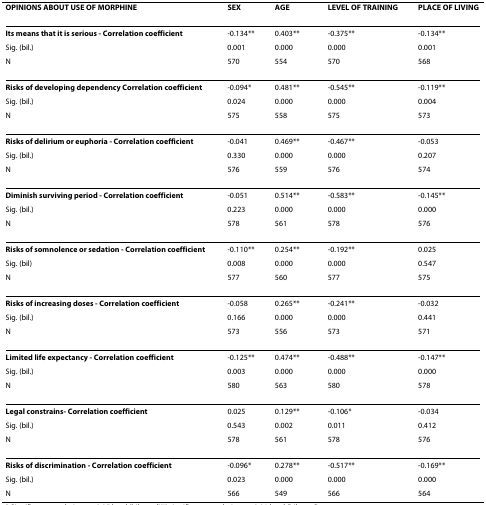
<table><thead><tr><td><b>OPINIONS ABOUT USE OF MORPHINE</b></td><td><b>SEX</b></td><td><b>AGE</b></td><td><b>LEVEL OF TRAINING</b></td><td><b>PLACE OF LIVING</b></td></tr></thead><tbody><tr><td><b>Its means that it is serious - Correlation coefficient</b></td><td>-0.134**</td><td>0.403**</td><td>-0.375**</td><td>-0.134**</td></tr><tr><td>Sig. (bil.)</td><td>0.001</td><td>0.000</td><td>0.000</td><td>0.001</td></tr><tr><td>N</td><td>570</td><td>554</td><td>570</td><td>568</td></tr><tr><td><b>Risks of developing dependency Correlation coefficient</b></td><td>-0.094*</td><td>0.481**</td><td>-0.545**</td><td>-0.119**</td></tr><tr><td>Sig. (bil.)</td><td>0.024</td><td>0.000</td><td>0.000</td><td>0.004</td></tr><tr><td>N</td><td>575</td><td>558</td><td>575</td><td>573</td></tr><tr><td><b>Risks of delirium or euphoria - Correlation coefficient</b></td><td>-0.041</td><td>0.469**</td><td>-0.467**</td><td>-0.053</td></tr><tr><td>Sig. (bil.)</td><td>0.330</td><td>0.000</td><td>0.000</td><td>0.207</td></tr><tr><td>N</td><td>576</td><td>559</td><td>576</td><td>574</td></tr><tr><td><b>Diminish surviving period - Correlation coefficient</b></td><td>-0.051</td><td>0.514**</td><td>-0.583**</td><td>-0.145**</td></tr><tr><td>Sig. (bil.)</td><td>0.223</td><td>0.000</td><td>0.000</td><td>0.000</td></tr><tr><td>N</td><td>578</td><td>561</td><td>578</td><td>576</td></tr><tr><td><b>Risks of somnolence or sedation - Correlation coefficient</b></td><td>-0.110**</td><td>0.254**</td><td>-0.192**</td><td>0.025</td></tr><tr><td>Sig. (bil)</td><td>0.008</td><td>0.000</td><td>0.000</td><td>0.547</td></tr><tr><td>N</td><td>577</td><td>560</td><td>577</td><td>575</td></tr><tr><td><b>Risks of increasing doses - Correlation coefficient</b></td><td>-0.058</td><td>0.265**</td><td>-0.241**</td><td>-0.032</td></tr><tr><td>Sig. (bil.)</td><td>0.166</td><td>0.000</td><td>0.000</td><td>0.441</td></tr><tr><td>N</td><td>573</td><td>556</td><td>573</td><td>571</td></tr><tr><td><b>Limited life expectancy - Correlation coefficient</b></td><td>-0.125**</td><td>0.474**</td><td>-0.488**</td><td>-0.147**</td></tr><tr><td>Sig. (bil.)</td><td>0.003</td><td>0.000</td><td>0.000</td><td>0.000</td></tr><tr><td>N</td><td>580</td><td>563</td><td>580</td><td>578</td></tr><tr><td><b>Legal constrains- Correlation coefficient</b></td><td>0.025</td><td>0.129**</td><td>-0.106*</td><td>-0.034</td></tr><tr><td>Sig. (bil.)</td><td>0.543</td><td>0.002</td><td>0.011</td><td>0.412</td></tr><tr><td>N</td><td>578</td><td>561</td><td>578</td><td>576</td></tr><tr><td><b>Risks of discrimination - Correlation coefficient</b></td><td>-0.096*</td><td>0.278**</td><td>-0.517**</td><td>-0.169**</td></tr><tr><td>Sig. (bil.)</td><td>0.023</td><td>0.000</td><td>0.000</td><td>0.000</td></tr><tr><td>N</td><td>566</td><td>549</td><td>566</td><td>564</td></tr></tbody></table>